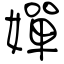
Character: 嬋